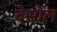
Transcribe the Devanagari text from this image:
वेसोल